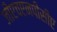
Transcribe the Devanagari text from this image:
जीएचएनपीसीए